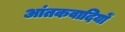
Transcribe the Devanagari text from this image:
आंतकवादियों